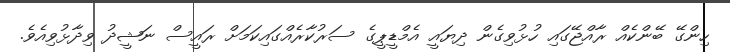
ހިންގޭ ބޭންކެއް ރާއްޖޭގައި ހުޅުވިގެން ދިޔައީ އެމްޑީޕީގެ ސަރުކާރެއްގައިކަމަށް ރައީސް ނަޝީދު ވިދާޅުވިއެވެ.